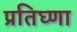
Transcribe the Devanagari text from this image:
प्रतिघ्णा